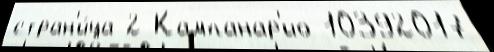
стран'и́ца 2 Кампанар'ио 10392017